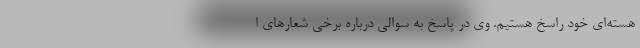
هسته‌ای خود راسخ هستیم. وی در پاسخ به سوالی درباره برخی شعارهای ا